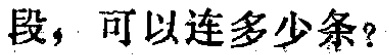
段，可以连多少条？